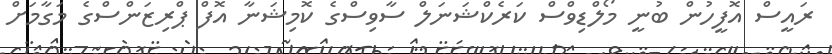
ރައީސް އޮފީހުން ބުނީ މޯލްޑިވްސް ކަރެކްޝަނަލް ސާވިސްގެ ކޮމިޝަނާ އޮފް ޕްރިޒަންސްގެ މަގާމަށް